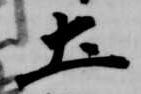
土